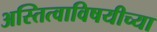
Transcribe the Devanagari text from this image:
अस्तित्वाविषयीच्या